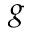
g